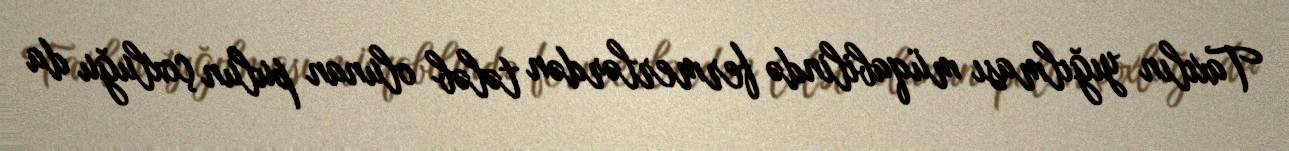
Taxılın yığılması müqabilində fermerlərdən tələb olunan pulun çoxluğu da